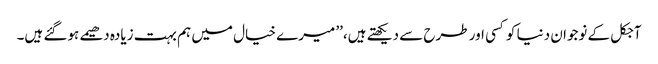
آجکل کے نوجوان دنیا کوکسی اور طرح سے دیکھتے ہیں،’’ میرے خیال میں ہم بہت زیادہ دھیمے ہوگئے ہیں۔